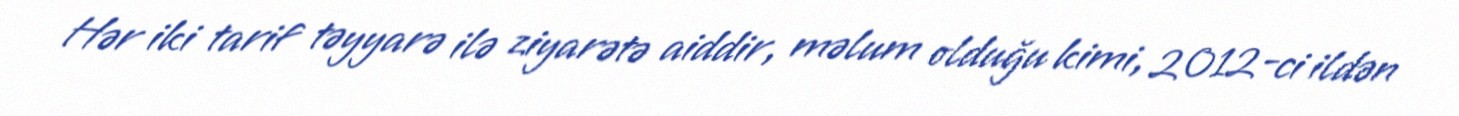
Hər iki tarif təyyarə ilə ziyarətə aiddir, məlum olduğu kimi, 2012-ci ildən